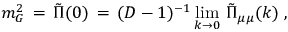
m _ { G } ^ { 2 } \, = \, { \tilde { \Pi } } ( 0 ) \, = \, ( D - 1 ) ^ { - 1 } \operatorname * { l i m } _ { k \to 0 } \, { \tilde { \Pi } } _ { \mu \mu } ( k ) \; ,